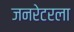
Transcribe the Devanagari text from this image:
जनरेटरला